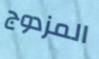
المزدوج